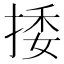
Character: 捼